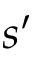
s ^ { \prime }